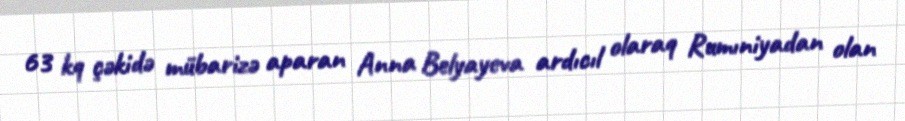
63 kq çəkidə mübarizə aparan Anna Belyayeva ardıcıl olaraq Rumıniyadan olan